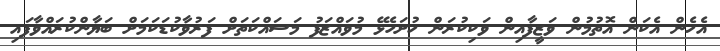
އެހެން އެކަން އޮތުމުން ވަޒީފާއިން ވަކިކުރަން ހުށަހެޅޭ މުވައްޒަފު މަސައްކަތަށް ފަރުވާކުޑަކަމަށް ބަޔާންކުރައްވާފައި